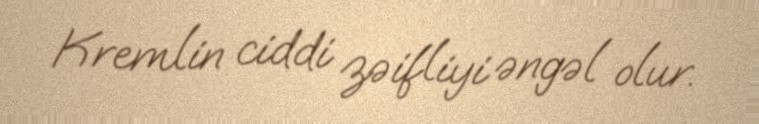
Kremlin ciddi zəifliyi əngəl olur.